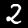
Label: 2